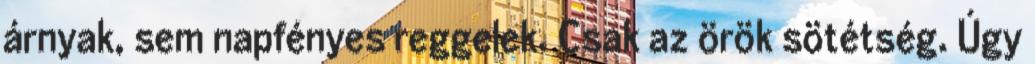
árnyak, sem napfényes reggelek. Csak az örök sötétség. Úgy